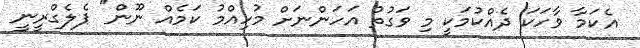
އެކަމާ ވާހަކަ ދެއްކުމަކީ މި ވަގުތު އަހަންނަށް މުހިއްމު ކަމެއް ނޫން" ޕެލެގްރީނީ